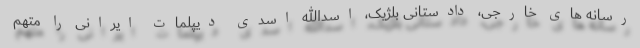
رسانه های خارجی، دادستانی بلژیک، اسدالله اسدی دیپلمات ایرانی را متهم